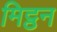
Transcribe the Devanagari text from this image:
मिट्ठन